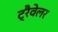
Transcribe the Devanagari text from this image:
ट्रैवेलर